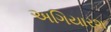
અગિયારશ